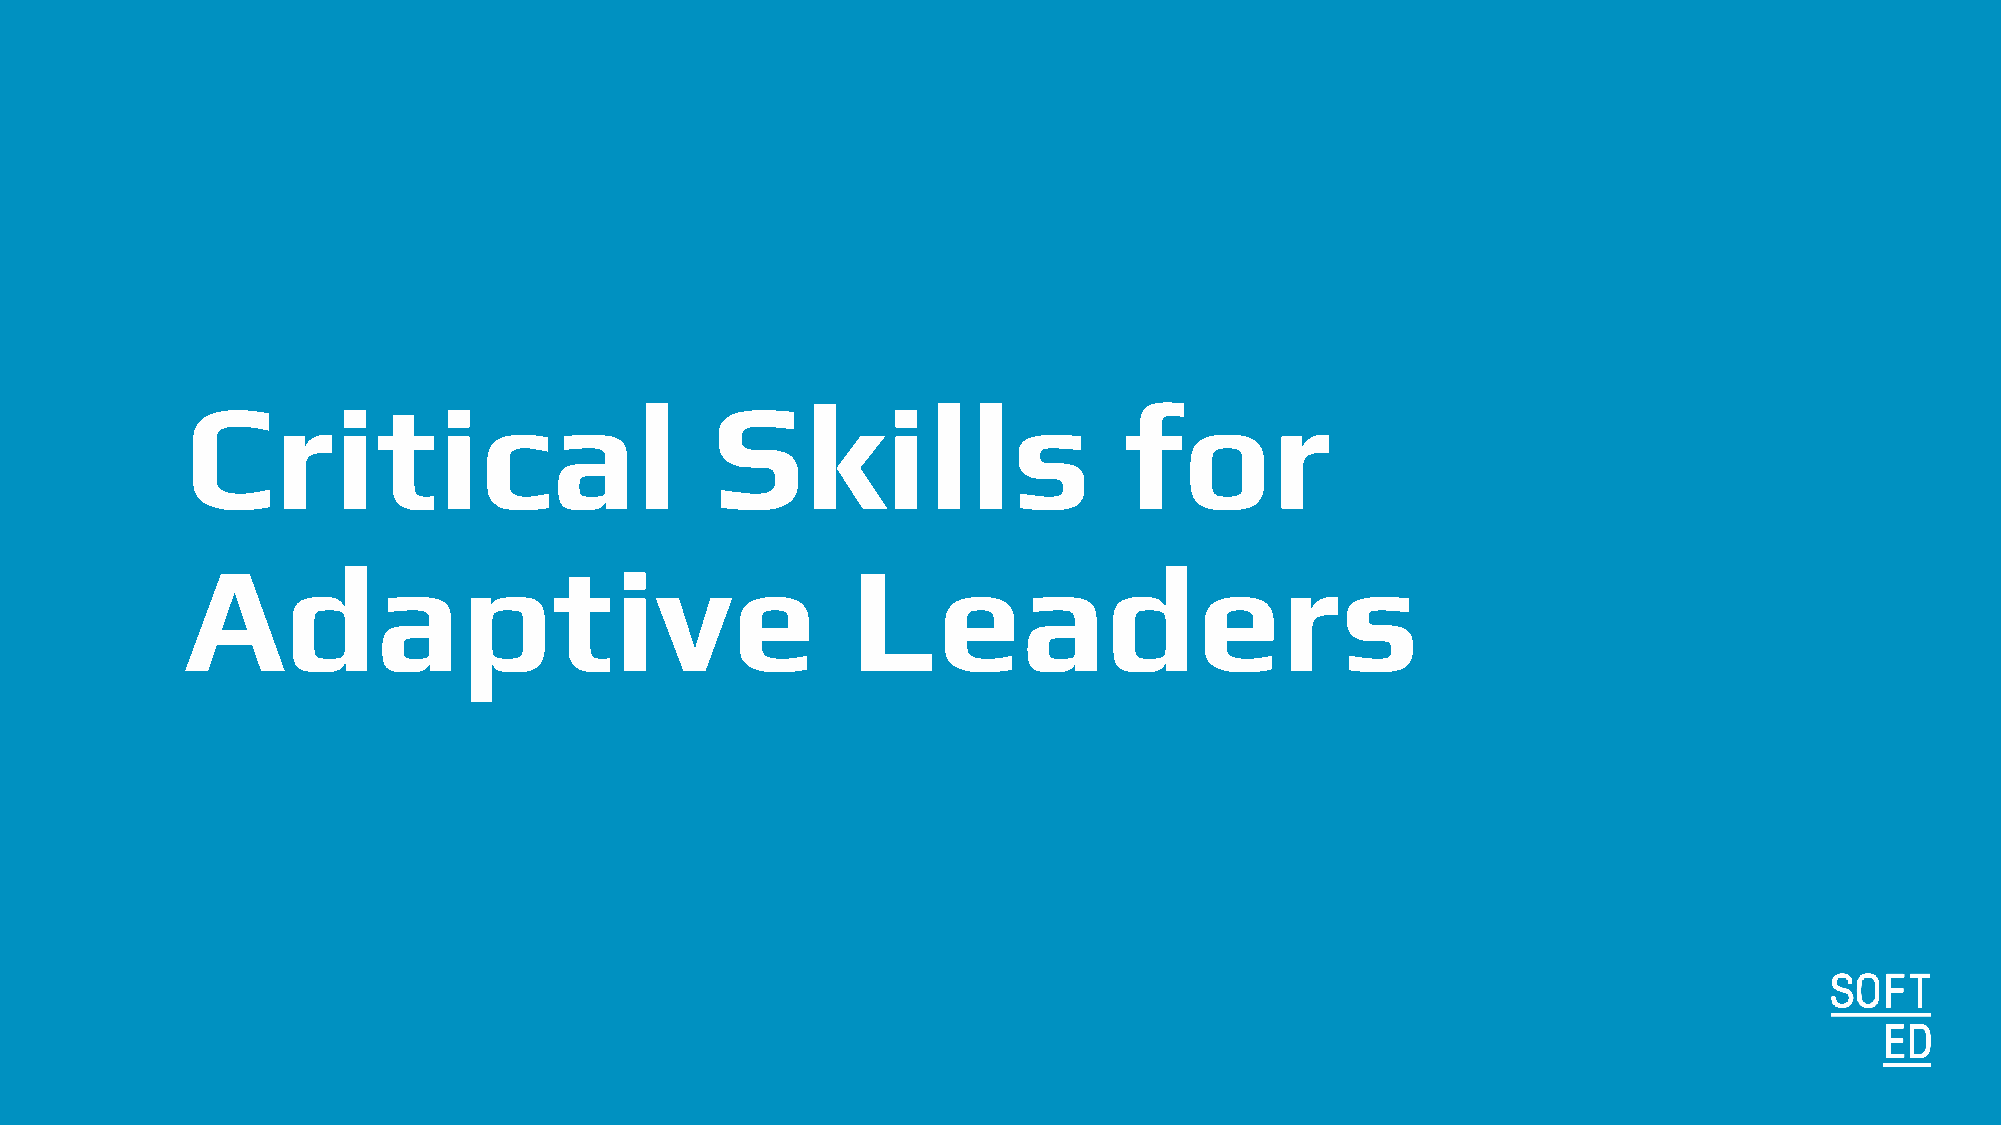
Critical                           Skills                     for
 Adaptive                                    Leaders